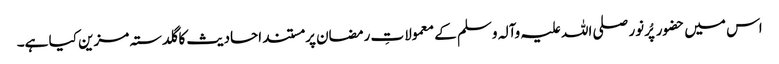
اس میں حضور پُرنور صلی اللہ علیہ وآلہ وسلم کے معمولاتِ رمضان پر مستند احادیث کا گلدستہ مزین کیا ہے۔